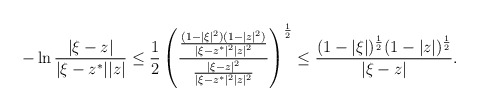
\begin{align*}- \ln \frac{|\xi-z|}{|\xi-z^*||z|} \leq \frac{1}{2} \left( \frac{ \frac{(1-|\xi|^2)(1-|z|^2)}{|\xi-z^*|^2|z|^2} }{ \frac{|\xi-z|^2}{|\xi-z^*|^2|z|^2} } \right)^{\frac{1}{2}} \leq \frac{(1-|\xi|)^{\frac{1}{2}} (1-|z|)^{\frac{1}{2}}}{|\xi-z|}.\end{align*}